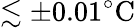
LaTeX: \lesssim\pm 0.01^{\circ}\mathrm{C}